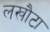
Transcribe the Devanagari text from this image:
लखौटा